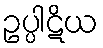
ဥပ္ပါဋိယ